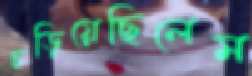
চড়িয়েছিলেম